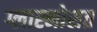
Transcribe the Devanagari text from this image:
ग्लास्नोसत